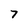
Character: 7